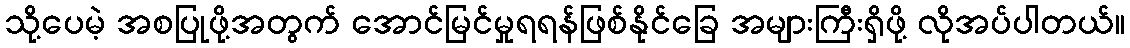
သို့ပေမဲ့ အစပြုဖို့အတွက် အောင်မြင်မှုရရန်ဖြစ်နိုင်ခြေ အများကြီးရှိဖို့ လိုအပ်ပါတယ်။